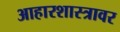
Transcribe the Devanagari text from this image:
आहारशास्त्रावर